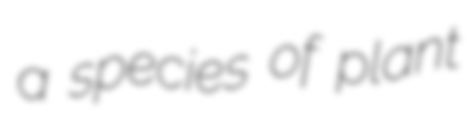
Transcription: a species of plant